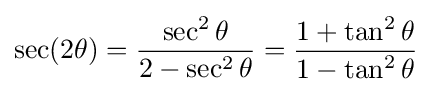
\sec(2\theta )={\frac {\sec ^{2}\theta }{2-\sec ^{2}\theta }}={\frac {1+\tan ^{2}\theta }{1-\tan ^{2}\theta }}